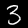
Digit: 3